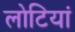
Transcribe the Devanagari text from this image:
लोटियां